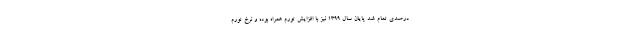
درصدی تمام شد پایان سال ۱۳۹۹ نیز با افزایش تورم همراه بوده و نرخ تورم